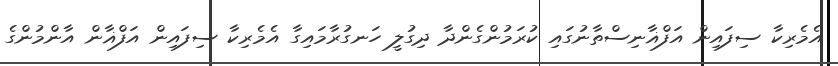
އެމެރިކާ ސިފައިން އަފްޣާނިސްތާނުގައި ކުރަމުންގެންދާ ދިގުލީ ހަނގުރާމައިގާ އެމެރިކާ ސިފައިން އަފްޣާން އާންމުންގެ